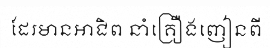
ដែរមានអាជិព នាំគ្រឿងញៀនពី